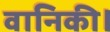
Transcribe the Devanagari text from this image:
वानिकी।